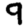
Digit: 9